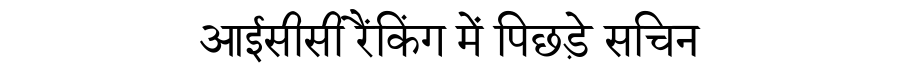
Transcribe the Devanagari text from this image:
आईसीसी रैंकिंग में पिछड़े सचिन